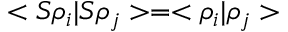
< S \rho _ { i } | S \rho _ { j } > = < \rho _ { i } | \rho _ { j } >